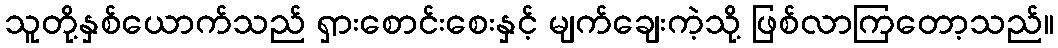
သူတို့နှစ်ယောက်သည် ရှားစောင်းစေးနှင့် မျက်ချေးကဲ့သို့ ဖြစ်လာကြတော့သည်။